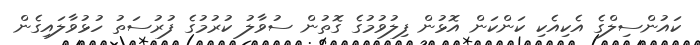
ކައުންސިލްގެ އެކިއެކި ކަންކަން އޮޅުން ފިލުވުމުގެ ގޮތުން ސުވާލު ކުރުމުގެ ފުރުސަތު ހުޅުވާލައިގެން